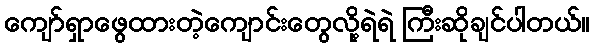
ကျော်ရှာဖွေထားတဲ့ကျောင်းတွေလို့ရဲရဲ ကြီးဆိုချင်ပါတယ်။